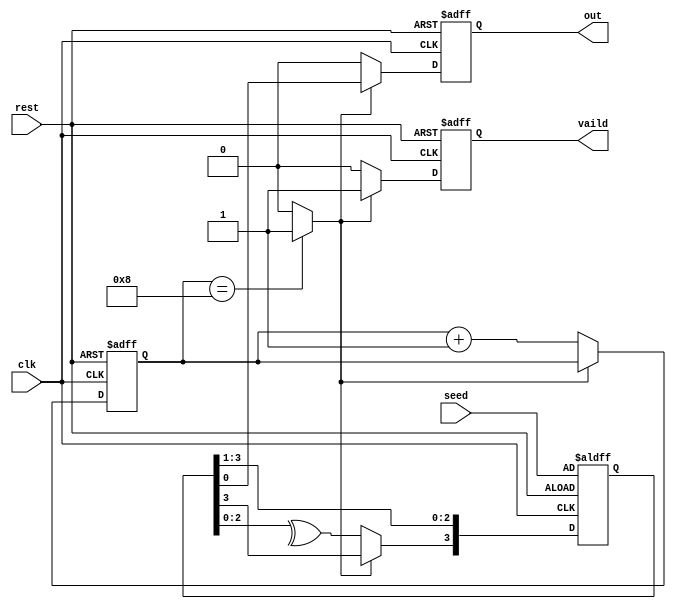
module LF_SR #(parameter wid=4)
  (
input                 clk,
input                 rest,
input  wire [wid-1:0] seed,
output reg            out,
output reg            vaild
);
  
reg [wid-1:0] LFSR; // declare R 4_bit register 
 
reg [wid-1:0]  counter;
//reg [2:0]      mov_bit;
wire       counter_finish;
//wire       mov_done;
integer N;
integer w;
wire feedback;
assign feedback= ^LFSR[wid-2:0];


// for lfsr operation
always@(posedge clk or negedge rest)
begin
if(!rest)
  begin
 LFSR<=seed;
 vaild<=1'b0;
 out<='b0;
  end
else if(!counter_finish)
  begin
        out<='b0;
        vaild<=1'b0;
        LFSR[3]<=feedback;
         for(N=0;N<3;N=N+1)
          LFSR[N]<=LFSR[N+1];
  end
    else 
      begin
        out<=LFSR[0];
        vaild<=1'b1;
          for (w=0;w<3;w=w+1)
            begin
              LFSR[w]=LFSR[w+1];
            end
end
end

// for counting 8 cycles 

always@(posedge clk or negedge rest)
begin
if(!rest)
  begin
  counter<=4'b0;
  end
else if(!counter_finish)
   begin 
   counter<=counter+4'b1;
    end
 else 
   begin
  counter<=counter;
   end   
end
assign counter_finish=(counter==4'b1000)?1'b1:1'b0;


endmodule